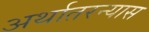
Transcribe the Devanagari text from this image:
अर्थातरन्यास